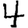
Digit: 4